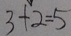
3 + 2 = 5